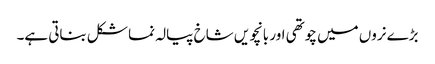
بڑے نروں میں چوتھی اور بانچویں شاخ پیالہ نما شکل بناتی ہے۔